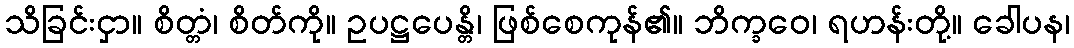
သိခြင်းငှာ။ စိတ္တံ၊ စိတ်ကို။ ဥပဋ္ဌပေန္တိ၊ ဖြစ်စေကုန်၏။ ဘိက္ခဝေ၊ ရဟန်းတို့။ ခေါပန၊